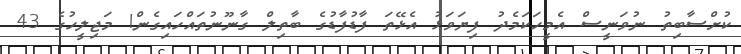
ކުށްސާބިތު ނުވަނީސް އެމީހަކަމެދު ފިޔަވަޅު އެޅޭތަ ފާޑުފާޑުގެ ބާތިލް ގާނޫނުތައްހައިގެން! މަޖިލީހުގެ 43